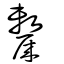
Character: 𣀗